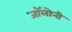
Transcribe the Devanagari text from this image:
जॉलोनी